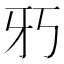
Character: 𱭢